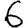
Digit: 6